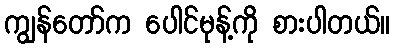
ကျွန်တော်က ပေါင်မုန့်ကို စားပါတယ်။